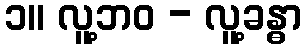
၁။ လူ့ဘဝ - လူ့ခန္ဓာ